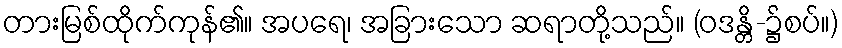
တားမြစ်ထိုက်ကုန်၏။ အပရေ၊ အခြားသော ဆရာတို့သည်။ (ဝဒန္တိ-၌စပ်။)